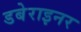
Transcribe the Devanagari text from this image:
डबेराइनर